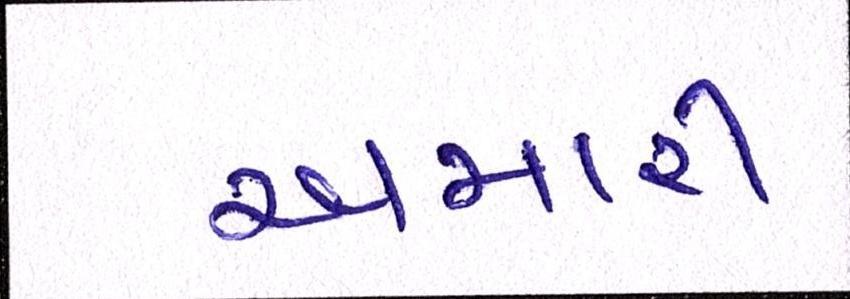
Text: અમારી